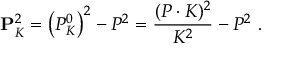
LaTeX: { \bf P } _ { K } ^ { 2 } = \left( P _ { K } ^ { 0 } \right) ^ { 2 } - P ^ { 2 } = \frac { ( P \cdot K ) ^ { 2 } } { K ^ { 2 } } - P ^ { 2 } \ .